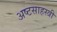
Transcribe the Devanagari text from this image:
अष्टसाहस्त्री